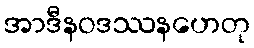
အာဒီနဝဒဿနဟေတု